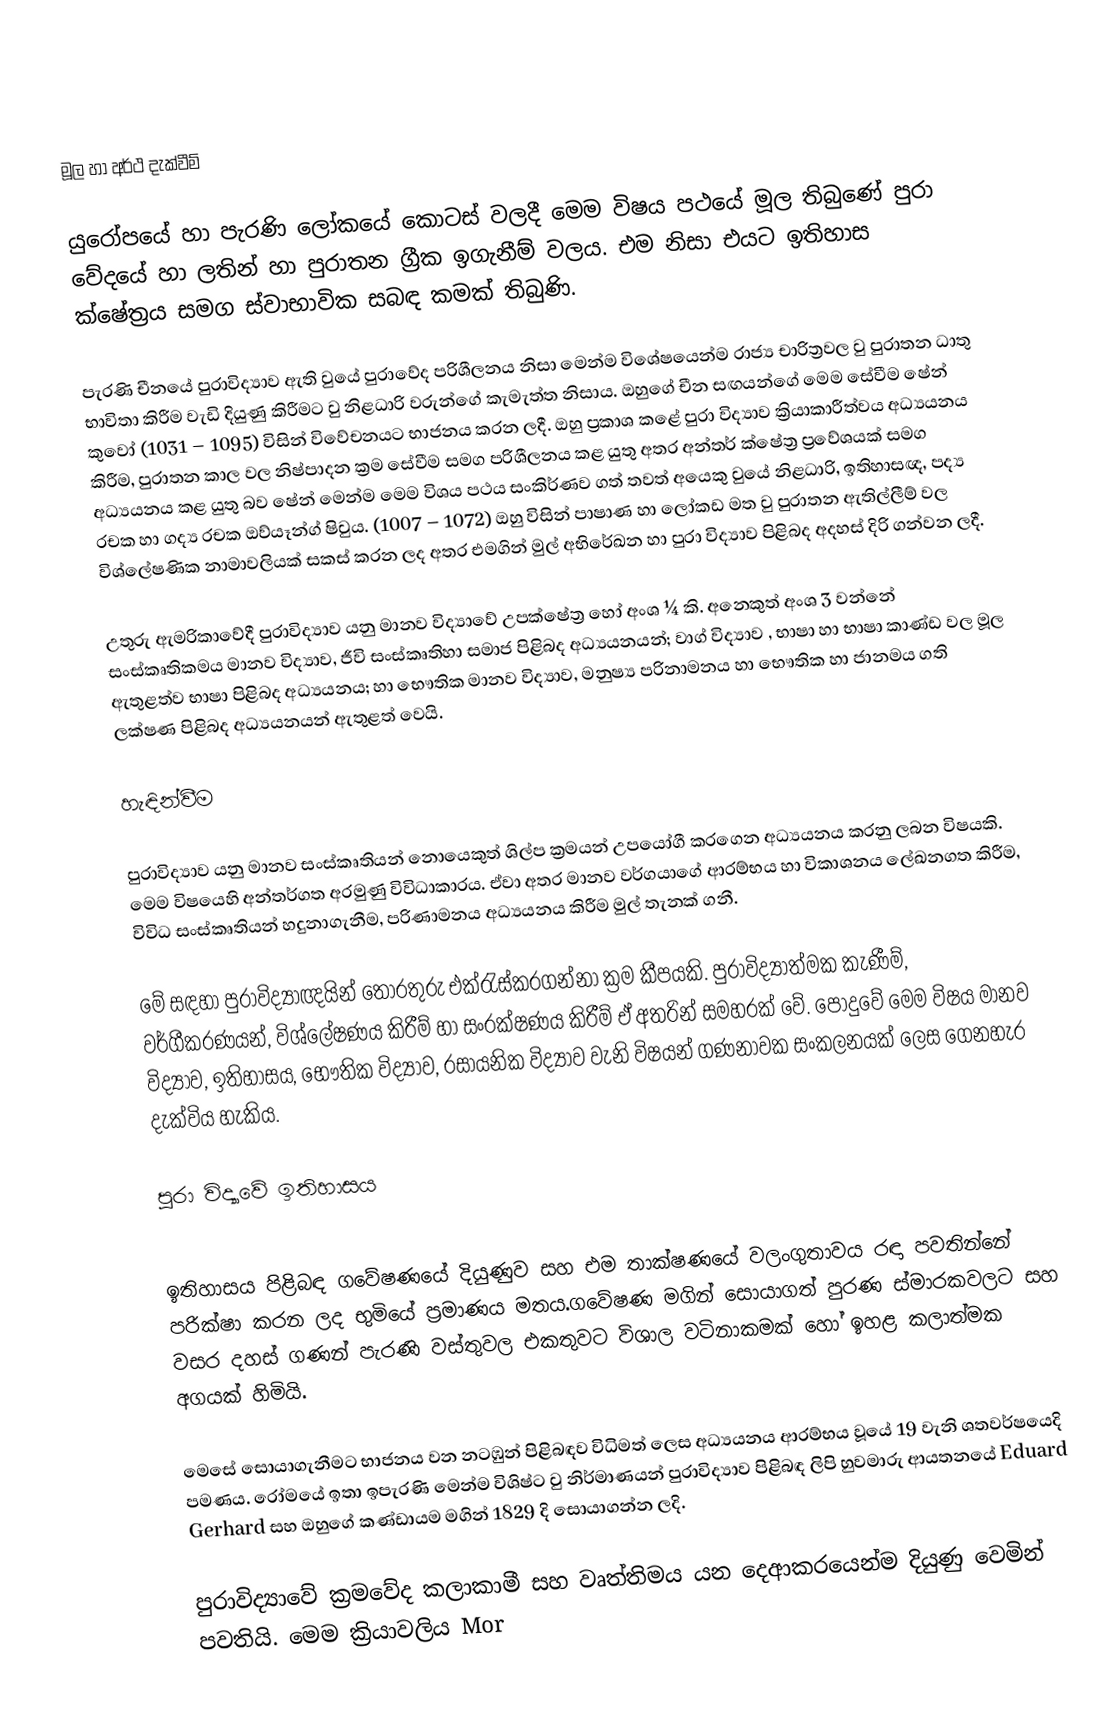

මූල හා අර්ථ දැක්වීම්

යුරෝපයේ හා පැරණි ලෝකයේ කොටස් වලදී මෙම විෂය පථයේ මූල තිබුණේ පුරා වේදයේ හා ලතින් හා පුරාතන ග්‍රීක ඉගැනීම් වලය. එම නිසා එයට ඉතිහාස ක්ෂේත්‍රය සමග ස්වාභාවික සබඳ කමක් තිබුණි.

පැරණි චීනයේ පුරාවිද්‍යාව ඇති  වුයේ පුරාවේද පරිශීලනය නිසා මෙන්ම විශේෂයෙන්ම රාජ්‍ය චාරිත්‍රවල වු පුරාතන ධාතු භාවිතා කිරීම වැඩි දියුණු කිරීමට වු නිළධාරි වරුන්ගේ කැමැත්ත නිසාය. ඔහුගේ චීන සඟයන්ගේ මෙම සේවීම ෂේන් කුවෝ (1031 – 1095) විසින් විවේචනයට භාජනය කරන ලදී. ඔහු ප්‍රකාශ කළේ පුරා විද්‍යාව ක්‍රියාකාරීත්වය අධ්‍යයනය කිරීම, පුරාතන කාල වල නිෂ්පාදන ක්‍රම සේවී‍ම සමග පරිශීලනය කළ යුතු අතර අන්තර් ක්ෂේත්‍ර ප්‍රවේශයක් සමග අධ්‍යයනය කළ යුතු බව ෂේන් මෙන්ම මෙම විශය පථය සංකිර්ණව ගත් තවත් අයෙකු වුයේ නිළධාරි, ඉතිහාසඥ, පද්‍ය රචක හා ගද්‍ය රචක ඔව්යෑන්ග් ෂිවුය. (1007 – 1072) ඔහු විසින් පාෂාණ හා ලෝකඩ මත වු පුරාතන ඇතිල්ලීම් වල විශ්ලේෂණික නාමාවලියක්  සකස් කරන ලද අතර එමගින් මුල් අභිරේඛන හා පුරා විද්‍යාව පිළිබද අදහස් දිරි ගන්වන ලදී.

උතුරු ඇමරිකාවේදී පුරාවිද්‍යාව යනු මානව විද්‍යාවේ උපක්ෂේත්‍ර හෝ අංශ ¼  කි. අනෙකුත් අංශ 3 වන්නේ සංස්කෘතිකමය මානව විද්‍යාව, ජීවි සංස්කෘතිහා සමාජ පිළිබද අධ්‍යයනයන්; වාග් විද්‍යාව , භාෂා හා භාෂා කා‍ණ්ඩ වල මූල ඇතුළත්ව භාෂා පිළිබද අධ්‍යයනය; හා භෞතික මානව විද්‍යාව, මනුෂ්‍ය පරිනාමනය හා භෞතික හා ජානමය ගති ලක්ෂණ පිළිබද අධ්‍යයනයන් ඇතුළත් වෙයි.

හැඳින්වීම

පුරාවිද්‍යාව යනු මානව සංස්කෘතියන් නොයෙකුත් ශිල්ප ක්‍රමයන් උපයෝගී කරගෙන අධ්‍යයනය කරනු ලබන විෂයකි.  මෙම විෂයෙහි අන්තර්ගත අරමුණු විවිධාකාරය.  ඒවා අතර මානව වර්ගයාගේ ආරම්භය හා විකාශනය ලේඛනගත කිරීම, විවිධ සංස්කෘතියන් හදුනාගැනීම, පරිණාමනය අධ්‍යයනය කිරීම මුල් තැනක් ගනී.

මේ සඳහා පුරාවිද්‍යාඥයින් තොරතුරු එක්රැස්කරගන්නා ක්‍රම කීපයකි.  පුරාවිද්‍යාත්මක කැණීම්, වර්ගීකරණයන්, විශ්ලේෂණය කිරීම් හා සංරක්ෂණය කිරීම් ඒ අතරින් සමහරක් වේ.  පොදුවේ මෙම විෂය මානව විද්‍යාව, ඉතිහාසය, භෞතික විද්‍යාව, රසායනික විද්‍යාව වැනි විෂයන් ගණනාවක සංකලනයක් ලෙස ගෙනහැර දැක්විය හැකිය.

පුරා විද්‍යාවේ ඉතිහාසය

ඉතිහාසය පිළිබඳ ගවේෂණයේ දියුණුව සහ එම තාක්ෂණයේ වලංගුතාවය රඳා පවතින්නේ පරික්ෂා කරන ලද භුමියේ ප්‍රමාණය මතය.ගවේෂණ මගින් සොයාගත් පුරණ ස්මාරකවලට සහ වසර දහස් ගණන් පැරණි වස්තුවල එකතුවට විශාල වටිනාකමක් හෝ ඉහළ කලාත්මක අගයක් හිමියි.

මෙසේ සොයාගැනීමට භාජනය වන නටඹුන් පිළිබඳව විධිමත් ලෙස අධ්‍යයනය ආරම්භය වූයේ 19 වැනි ශතවර්ෂයෙදි පමණය. රෝමයේ  ඉතා ඉපැරණි මෙන්ම විශිෂ්ට වු නිර්මාණයන් පුරාවිද්‍යාව පිළිබඳ ලිපි හුවමාරු ආයතනයේ  Eduard Gerhard සහ ඔහුගේ කණ්ඩායම මගින් 1829 දි සොයාගන්න ලදි.

පුරාවිද්‍යාවේ  ක්‍රමවේද කලාකාමී සහ වෘත්තිමය යන දෙආකරයෙන්ම දියුණු වෙමින් පවතියි. මෙම ක්‍රියාවලිය Mor